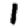
Digit: 1